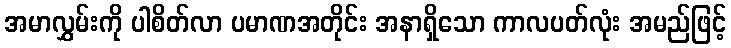
အမာလွှမ်းကို ပါစိတ်လာ ပမာဏအတိုင်း အနာရှိသော ကာလပတ်လုံး အမည်ဖြင့်